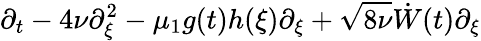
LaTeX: \partial_{t}-4\nu\partial_{\xi}^{2}-\mu_{1}g(t)h(\xi)\partial_{\xi}+\sqrt{8\nu}\dot{W}(t)\partial_{\xi}